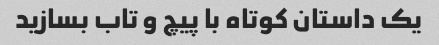
یک داستان کوتاه با پیچ و تاب بسازید